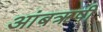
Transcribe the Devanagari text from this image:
आंबॠषी